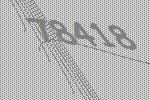
78418